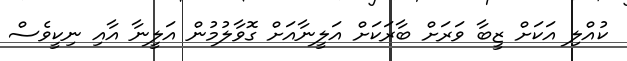
ކުއްލި އަކަށް ޒީބާ ވަރަށް ބާރަކަށް އަލީނާއަށް ގޮވާލުމުން އަލީނާ އާއި ނިކީވެސް